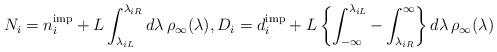
LaTeX: \begin{align*}N_i = n^{\rm imp}_i + L \int_{\lambda_{iL}}^{\lambda_{iR}}d\lambda\, \rho_{\infty}(\lambda),D_i = d^{\rm imp}_i + L\left\{ \int_{-\infty}^{\lambda_{iL}} -\int_{\lambda_{iR}}^{\infty}\right\} d\lambda\, \rho_{\infty}(\lambda)\end{align*}